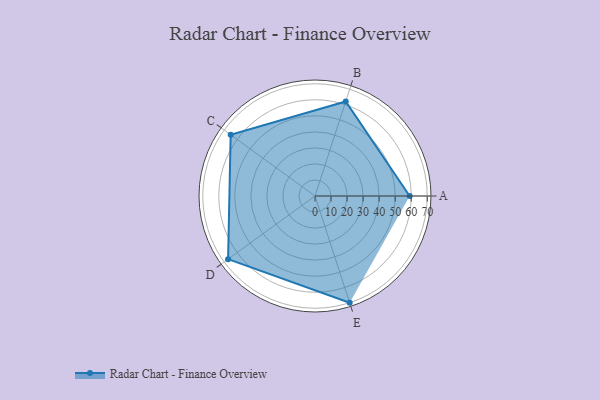
{"axis": {"x": "Skill", "y": "Score"}, "legend": ["Profile"], "data": [{"x": "A", "y": 59.0, "type": "Profile"}, {"x": "B", "y": 62.0, "type": "Profile"}, {"x": "C", "y": 65.0, "type": "Profile"}, {"x": "D", "y": 67.0, "type": "Profile"}, {"x": "E", "y": 70.0, "type": "Profile"}]}